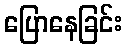
ပြောနေခြင်း